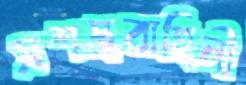
সশস্ত্রবাহিনী